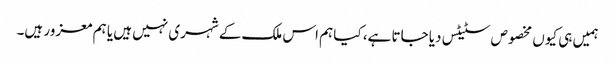
ہمیں ہی کیوں مخصوص سٹیٹس دیا جاتا ہے، کیا ہم اس ملک کے شہری نہیں ہیں یا ہم معزور ہیں۔